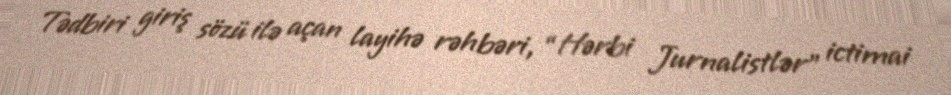
Tədbiri giriş sözü ilə açan layihə rəhbəri, “Hərbi Jurnalistlər” ictimai